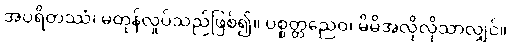
အပရိတဿံ၊ မတုန်လှုပ်သည်ဖြစ်၍။ ပစ္စတ္တညေဝ၊ မိမိအလိုလိုသာလျှင်။